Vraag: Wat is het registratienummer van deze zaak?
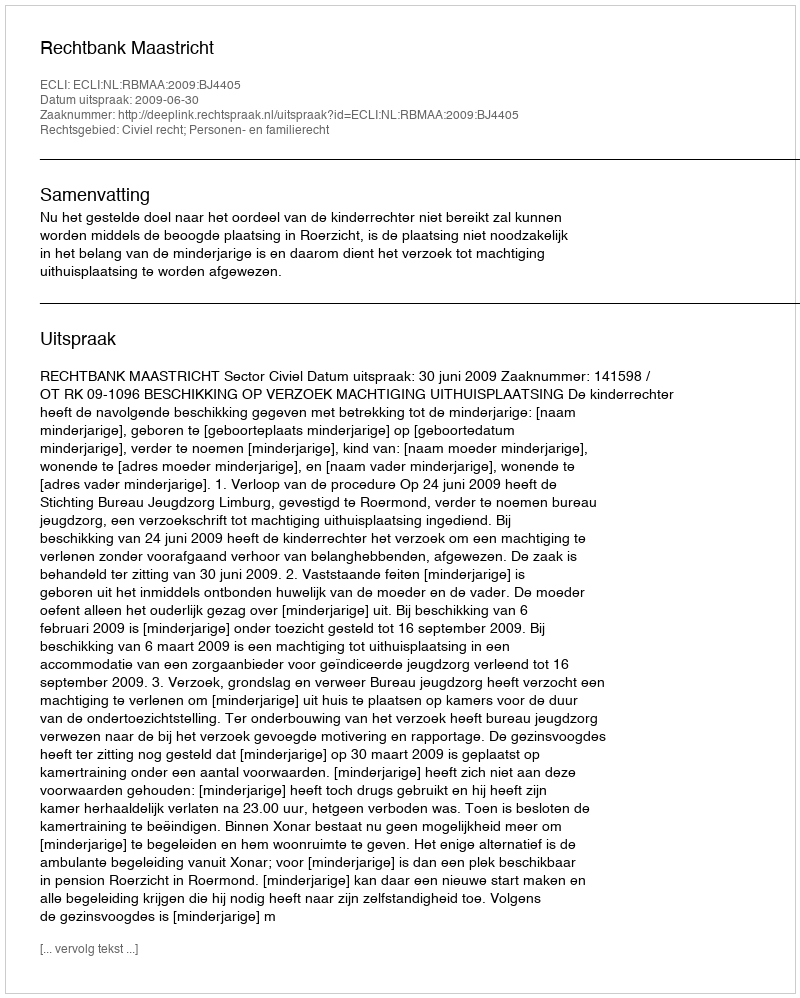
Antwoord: http://deeplink.rechtspraak.nl/uitspraak?id=ECLI:NL:RBMAA:2009:BJ4405